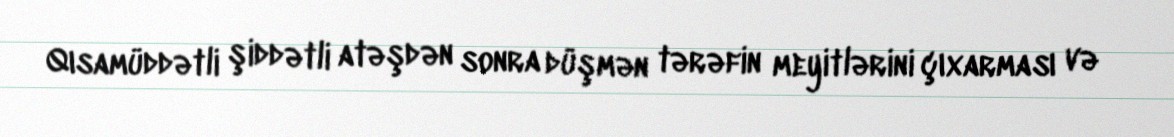
Qısamüddətli şiddətli atəşdən sonra düşmən tərəfin meyitlərini çıxarması və